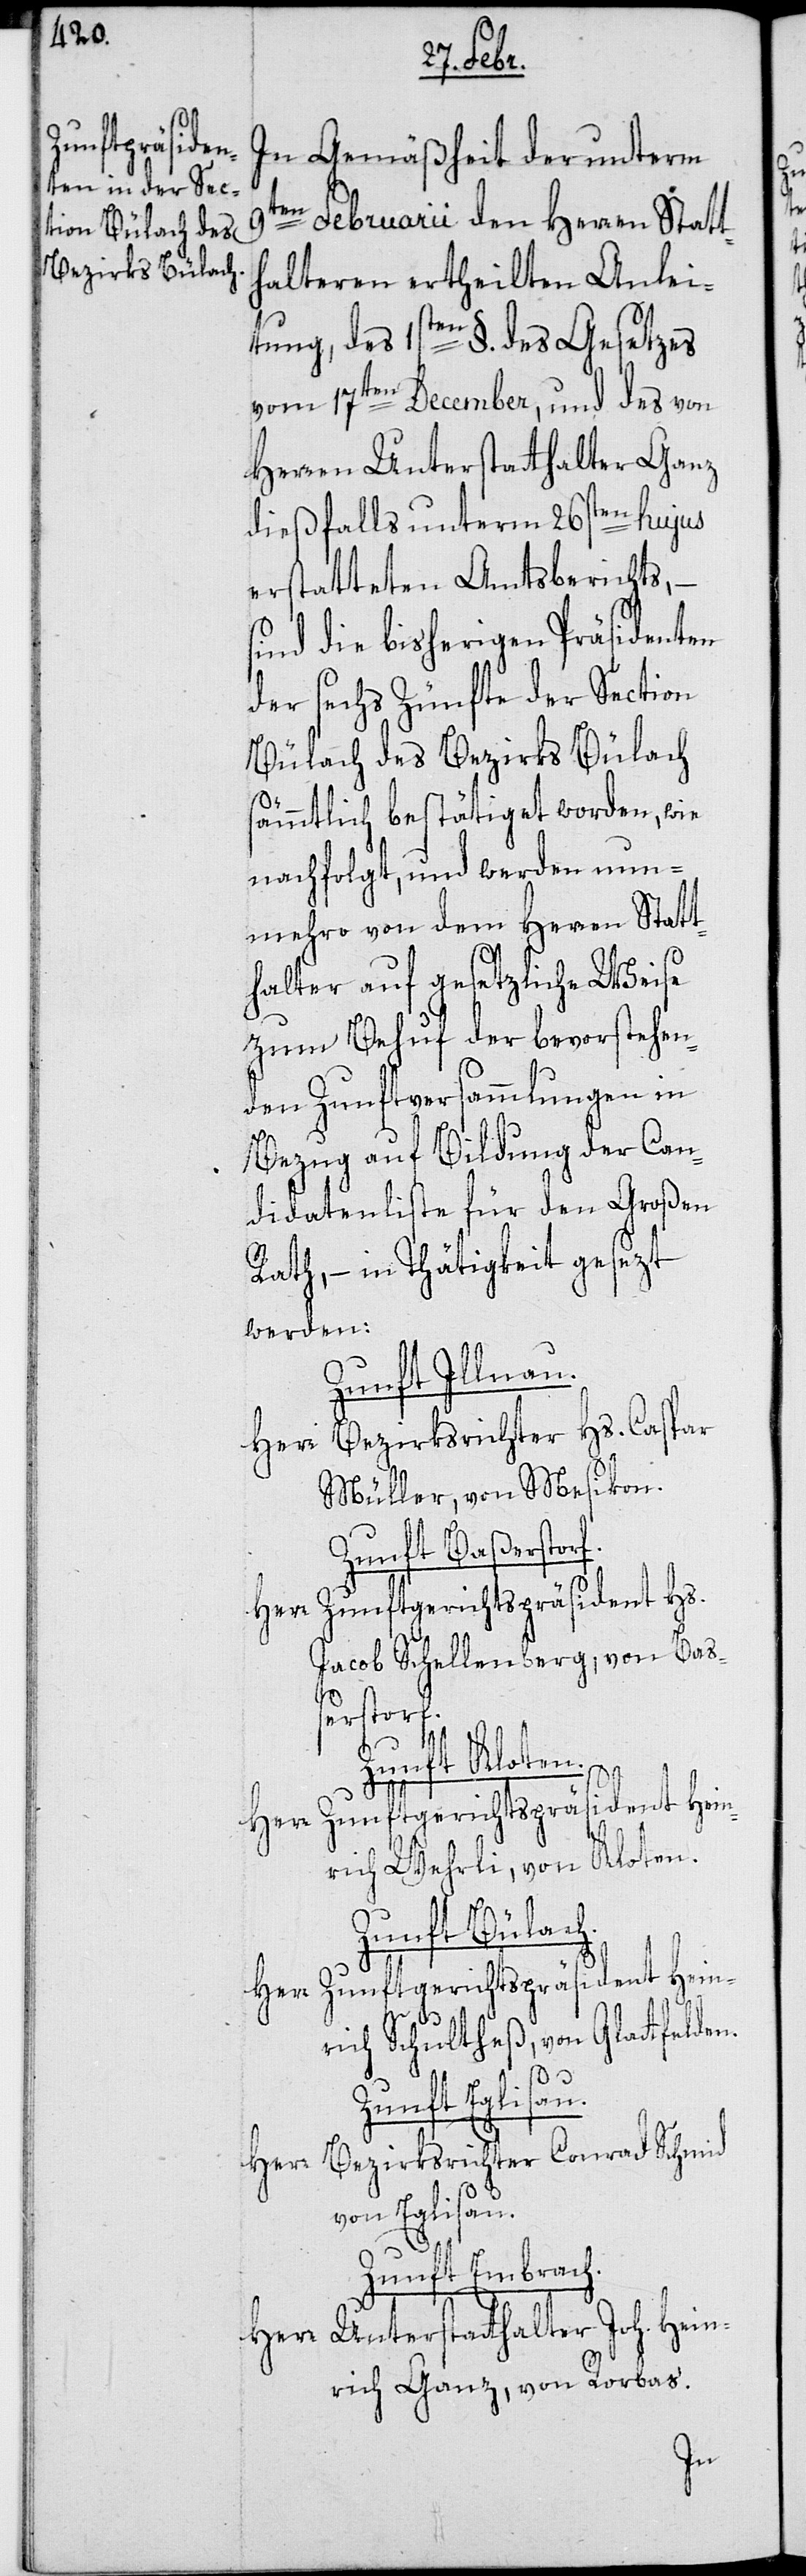
9t¬

In Gemäßheit der unterm
en Februarii den Herren Statt¬
halteren ertheilten Anlei¬
tung des 1sten §. des Gesetzes
vom 17ten December, und des von
Herren Unterstatthalter Ganz
dießfalls unterm 26sten hujus
erstatteten Amtsberichts, –
sind die bisherigen Präsidenten
der sechs Zünfte der Section
Bülach des Bezirks Bülach
sämmtlich bestätiget worden, wie
nachfolgt, und werden nun¬
mehro von dem Herren Statt¬
halter auf gesetzliche Weise
zum Behuf der bevorstehen¬
den Zunftversammlungen in
Bezug auf Bildung der Can¬
didatenliste für den Großen
Rath, – in Thätigkeit gesezt
werden:
Zunft Illnau.
Herr Bezirksrichter Hs. Caspar
Müller, von Mesikon.
Zunft Baßerstorf.
Zunftgerichtspräsident Hs.
Jacob Schellenberg, von Baß¬
erstorf.
Zunft Kloten.
Herr
rich Wehrli, von Kloten.
Zunft Bülach.
Herr Zunftgerichtspräsident Hein¬
rich Schultheß, von Glattfelden.
Zunft Eglisau.
Herr Bezirksrichter Conrad Schmid,
von Eglisau.
Zunft Embrach.
Herr Unterstatthalter Joh. Hein¬
rich Ganz, von Rorbas.